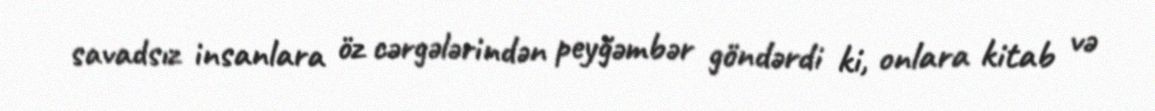
savadsız insanlara öz cərgələrindən peyğəmbər göndərdi ki, onlara kitab və